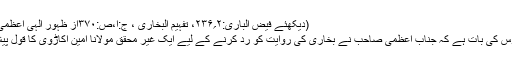
(دیکھئے فیض الباری:۲؍۲۳۶، تفہیم البخاری ، ج:ا،ص:۳۷۰از ظہور الہی اعظمی دیوبندی)
نہایت افسوس کی بات ہے کہ جناب اعظمی صاحب نے بخاری کی روایت کو رد کرنے کے لیے ایک غیر محقق مولانا امین اکاڑوی کا قول پیش کیا ہے۔